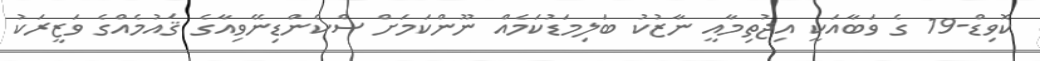
ކޮވިޑް-19 ގެ ވަބާއަކީ އިޖުތިމާއީ ނާޒުކު ބަލިމަޑުކަމެއް ނޫންކަމަށް ސްކެންޑިނޭވިއާގެ ޤައުމެއްގެ ވަޒީރަކު